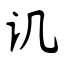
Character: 讥